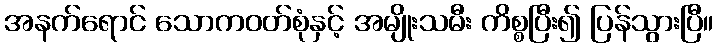
အနက်ရောင် သောကဝတ်စုံနှင့် အမျိုးသမီး ကိစ္စပြီး၍ ပြန်သွားပြီ။